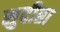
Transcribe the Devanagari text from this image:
सुदीप्ता